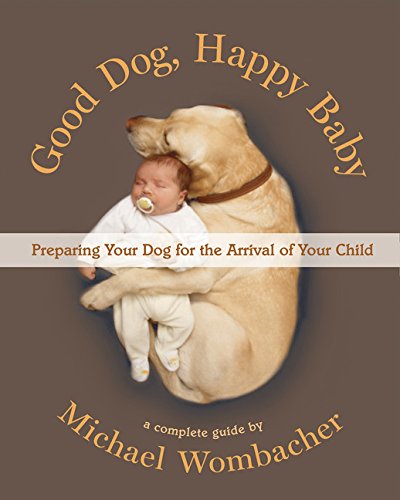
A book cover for Good Dog, Happy Baby: Preparing Your Dog for the Arrival of Your Child; Michael Wombacher; Crafts, Hobbies & Home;